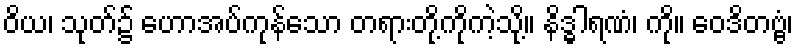
ဝိယ၊ သုတ်၌ ဟောအပ်ကုန်သော တရားတို့ကိုကဲ့သို့။ နိဒ္ဓါရဏံ၊ ကို။ ဝေဒိတဗ္ဗံ၊